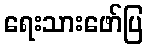
ရေးသားဖော်ပြ